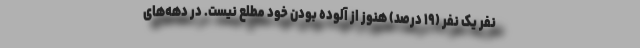
نفر یک نفر (۱۹ درصد) هنوز از آلوده بودن خود مطلع نیست. در دهه‌های